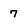
Character: 7